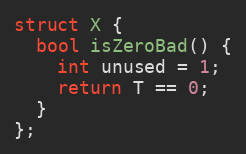
Language: C++
struct X {
  bool isZeroBad() {
    int unused = 1;
    return T == 0;
  }
};